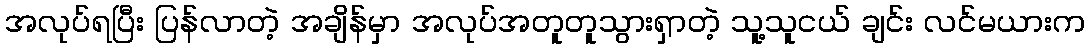
အလုပ်ရပြီး ပြန်လာတဲ့ အချိန်မှာ အလုပ်အတူတူသွားရှာတဲ့ သူ့သူငယ် ချင်း လင်မယားက